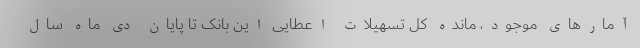
آمارهای موجود، مانده کل تسهیلات اعطایی این بانک تا پایان دی ماه سال